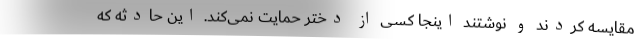
مقایسه کردند و نوشتند اینجا کسی از دختر حمایت نمی‌کند. این حادثه که